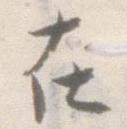
在